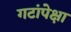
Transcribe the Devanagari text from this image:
गटांपेक्षा